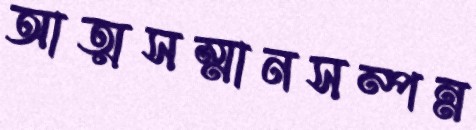
আত্মসম্মানসম্পন্ন